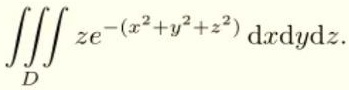
\[
\iiint_D z e^{-(x^2 + y^2 + z^2)} \, \mathrm{d}x\mathrm{d}y\mathrm{d}z.
\]